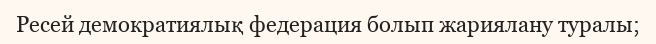
Ресей демократиялық федерация болып жариялану туралы;